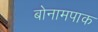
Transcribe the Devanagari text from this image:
बोनामपाक